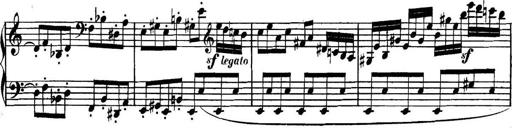
Title: Collected Piano Sonatas
Composer: Muzio Clementi